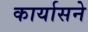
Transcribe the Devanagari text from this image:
कार्यासने